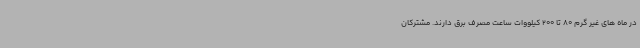
در ماه های غیر گرم 80 تا 200 کیلووات ساعت مصرف برق دارند. مشترکان